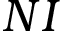
N I